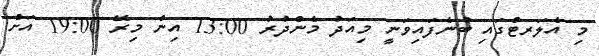
މި އެލަރޓްގައި ބުނެފައިވަނީ މިއަދު މެންދުރު 13:00 އިން މިރޭ 19:00 އަށް